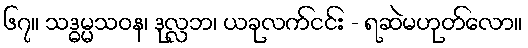
၆၇။ သဒ္ဓမ္မသဝန၊ ဒုလ္လဘ၊ ယခုလက်ငင်း - ရဆဲမဟုတ်လော။